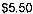
$5.50